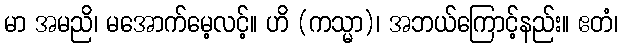
မာ အမညိ၊ မအောက်မေ့လင့်။ ဟိ (ကသ္မာ)၊ အဘယ်ကြောင့်နည်း။ ဧတံ၊